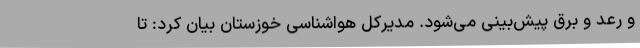
و رعد و برق پیش‌بینی می‌شود. مدیرکل هواشناسی خوزستان بیان کرد: تا